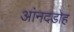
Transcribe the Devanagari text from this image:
आंनदडोह